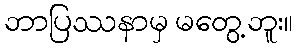
ဘာပြဿနာမှ မတွေ့ဘူး။